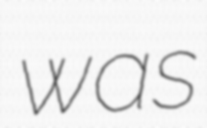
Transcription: was